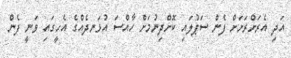
އަދި އެރަށްރަށަށް ފެން ސަޕުލައި ކޮށްދިނުމަށް ހާއްސަ އުޅަނދެއްގެ އެހީގައި ވަނީ ފެން